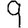
Digit: 9